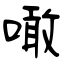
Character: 噉